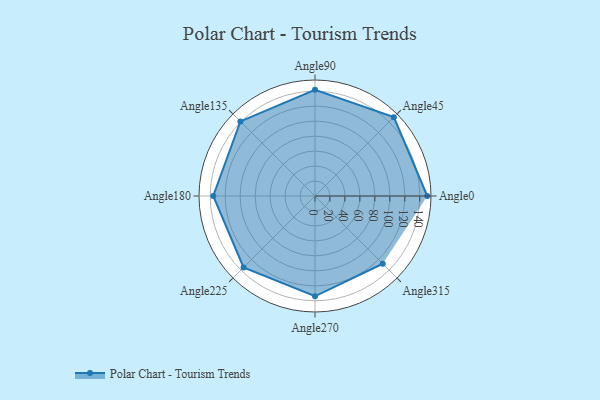
{"axis": {"x": "Angle", "y": "Radius"}, "legend": [""], "data": [{"x": "Angle0", "y": 150.0, "type": ""}, {"x": "Angle45", "y": 149.0, "type": ""}, {"x": "Angle90", "y": 142.0, "type": ""}, {"x": "Angle135", "y": 141.0, "type": ""}, {"x": "Angle180", "y": 136.0, "type": ""}, {"x": "Angle225", "y": 135.0, "type": ""}, {"x": "Angle270", "y": 134.0, "type": ""}, {"x": "Angle315", "y": 128.0, "type": ""}]}